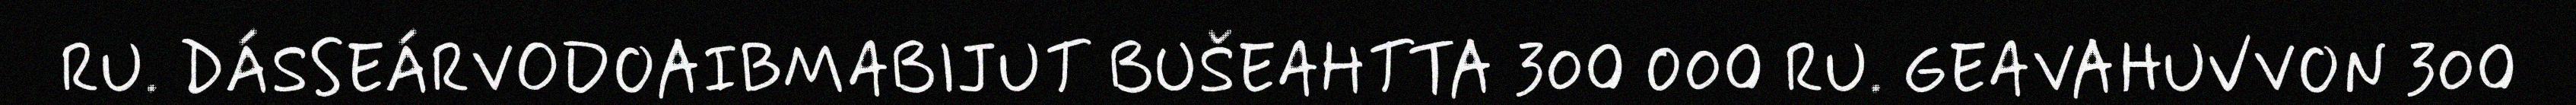
RU. DÁSSEÁRVODOAIBMABIJUT BUŠEAHTTA 300 000 RU. GEAVAHUVVON 300